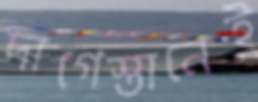
দাগেস্তানেই